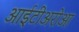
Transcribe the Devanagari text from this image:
आईटीअरोआ